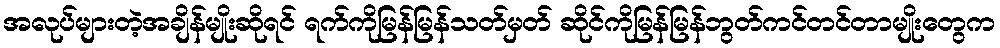
အလုပ်များတဲ့အချိန်မျိုးဆိုရင် ရက်ကိုမြန်မြန်သတ်မှတ် ဆိုင်ကိုမြန်မြန်ဘွတ်ကင်တင်တာမျိုးတွေက